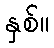
နှစ်။